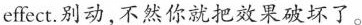
effect.别动,不然你就把效果破坏了